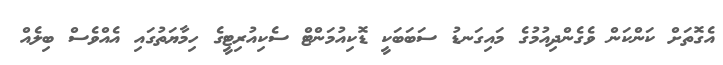
އެގޮތަށް ކަންކަން ވެގެންދިއުމުގެ މައިގަނޑު ސަބަބަކީ ޑޮކިއުމަންޓް ސެކިއުރިޓީގެ ހިމާޔަތުގައި އެއްވެސް ބިލެއް